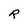
Character: R